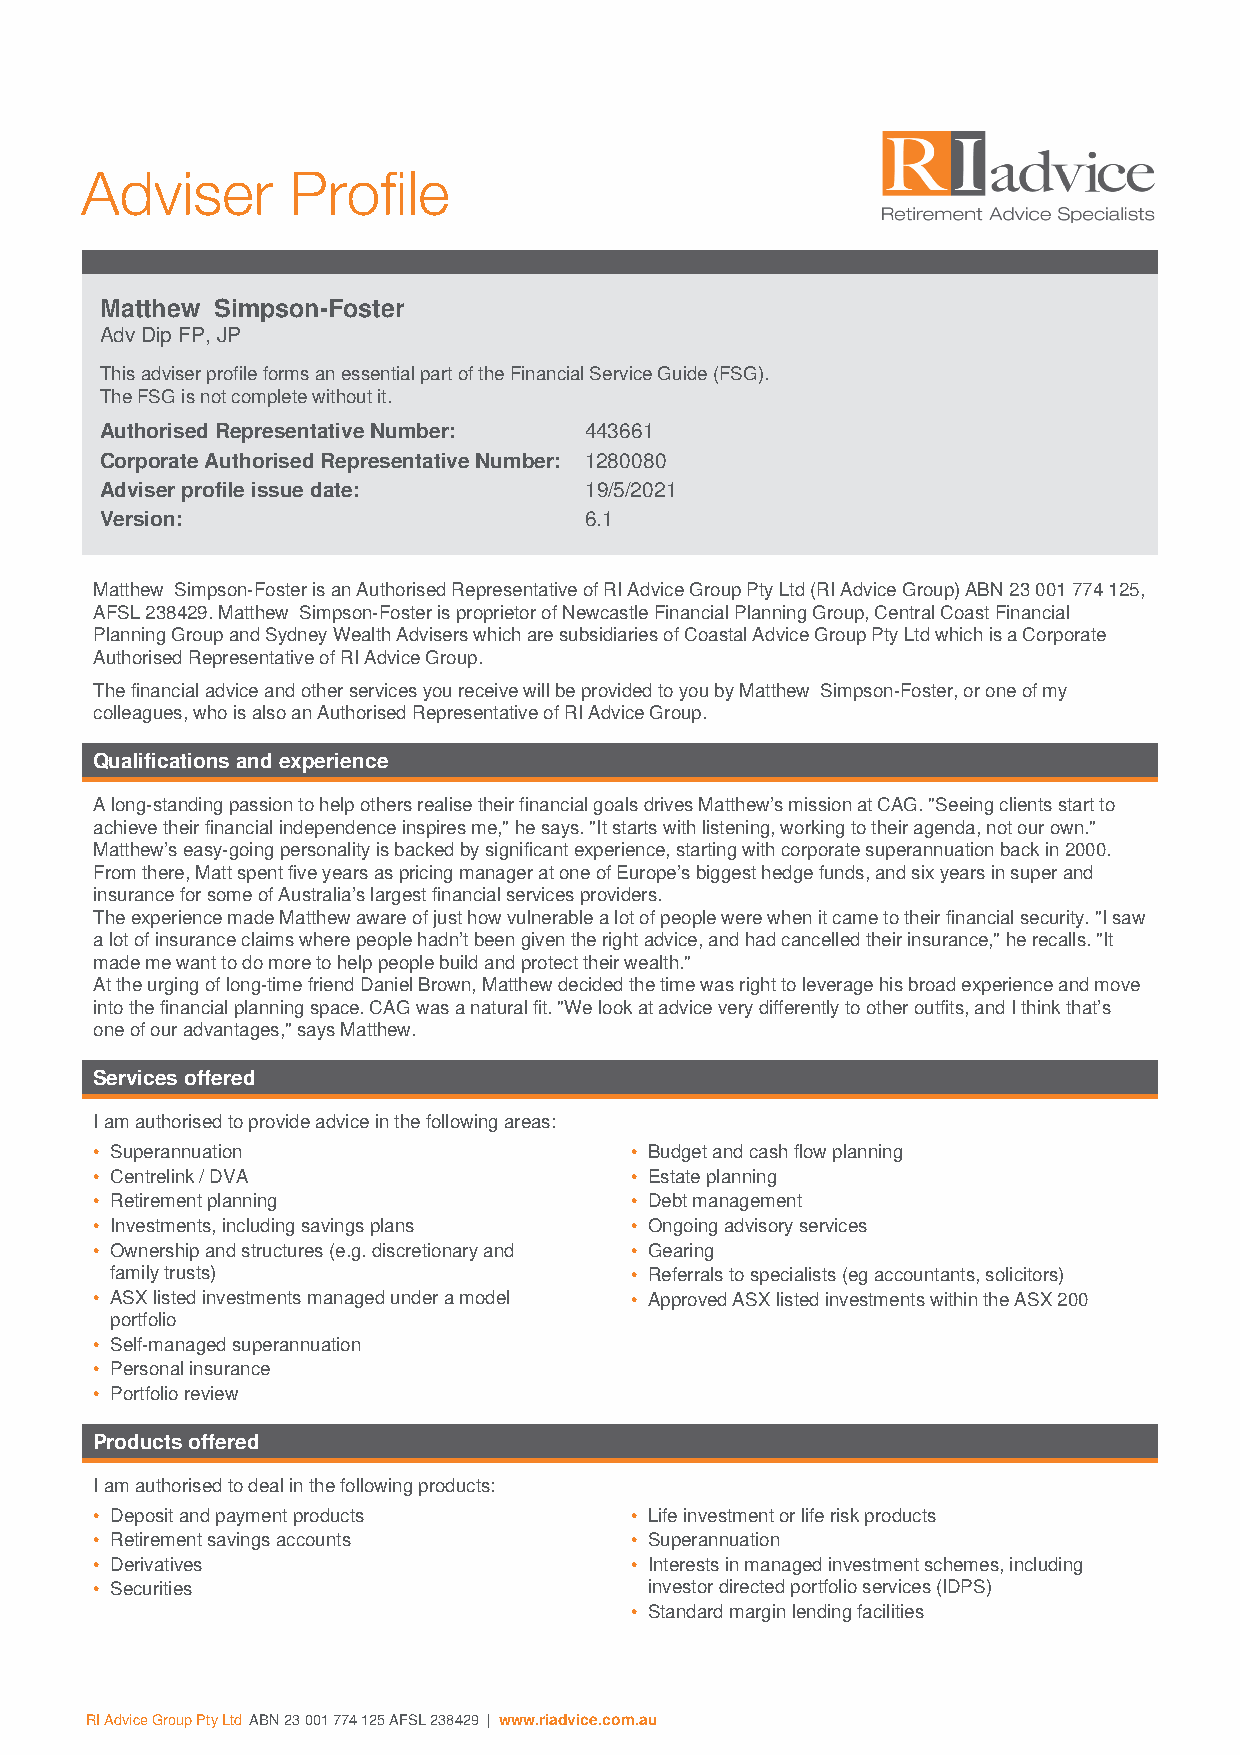
Adviser       Profile
 Matthew Simpson-Foster
 Adv Dip FP, JP
 This adviser profile forms an essential part of the Financial Service Guide (FSG).
 The FSG is not complete without it.
 Authorised Representative Number: 443661
 Corporate Authorised Representative Number: 1280080
 Adviser profile issue date:     19/5/2021
 Version:                        6.1
 Matthew Simpson-Foster is an Authorised Representative of RI Advice Group Pty Ltd (RI Advice Group) ABN 23 001 774 125,
 AFSL 238429. Matthew Simpson-Foster is proprietor of Newcastle Financial Planning Group, Central Coast Financial
 Planning Group and Sydney Wealth Advisers which are subsidiaries of Coastal Advice Group Pty Ltd which is a Corporate
 Authorised Representative of RI Advice Group.
 The financial advice and other services you receive will be provided to you by Matthew Simpson-Foster, or one of my
 colleagues, who is also an Authorised Representative of RI Advice Group.
 Qualifications and experience
 A long-standing passion to help others realise their financial goals drives Matthew’s mission at CAG. "Seeing clients start to
 achieve their financial independence inspires me," he says. "It starts with listening, working to their agenda, not our own."
 Matthew’s easy-going personality is backed by significant experience, starting with corporate superannuation back in 2000.
 From there, Matt spent five years as pricing manager at one of Europe’s biggest hedge funds, and six years in super and
 insurance for some of Australia’s largest financial services providers.
 The experience made Matthew aware of just how vulnerable a lot of people were when it came to their financial security. "I saw
 a lot of insurance claims where people hadn’t been given the right advice, and had cancelled their insurance," he recalls. "It
 made me want to do more to help people build and protect their wealth."
 At the urging of long-time friend Daniel Brown, Matthew decided the time was right to leverage his broad experience and move
 into the financial planning space. CAG was a natural fit. "We look at advice very differently to other outfits, and I think that’s
 one of our advantages," says Matthew.
 Services offered
 I am authorised to provide advice in the following areas:
 • Superannuation                    • Budget and cash flow planning
 • Centrelink / DVA                  • Estate planning
 • Retirement planning               • Debt management
 • Investments, including savings plans • Ongoing advisory services
 • Ownership and structures (e.g. discretionary and • Gearing
 family trusts)                     • Referrals to specialists (eg accountants, solicitors)
 • ASX listed investments managed under a model • Approved ASX listed investments within the ASX 200
 portfolio
 • Self-managed superannuation
 • Personal insurance
 • Portfolio review
 Products offered
 I am authorised to deal in the following products:
 • Deposit and payment products      • Life investment or life risk products
 • Retirement savings accounts       • Superannuation
 • Derivatives                       • Interests in managed investment schemes, including
 • Securities                         investor directed portfolio services (IDPS)
 • Standard margin lending facilities
 RI Advice Group Pty Ltd ABN 23 001 774 125 AFSL 238429 | www.riadvice.com.au